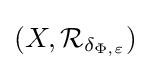
(X,{\mathcal {R}}_{\delta _{\Phi ,\varepsilon }})